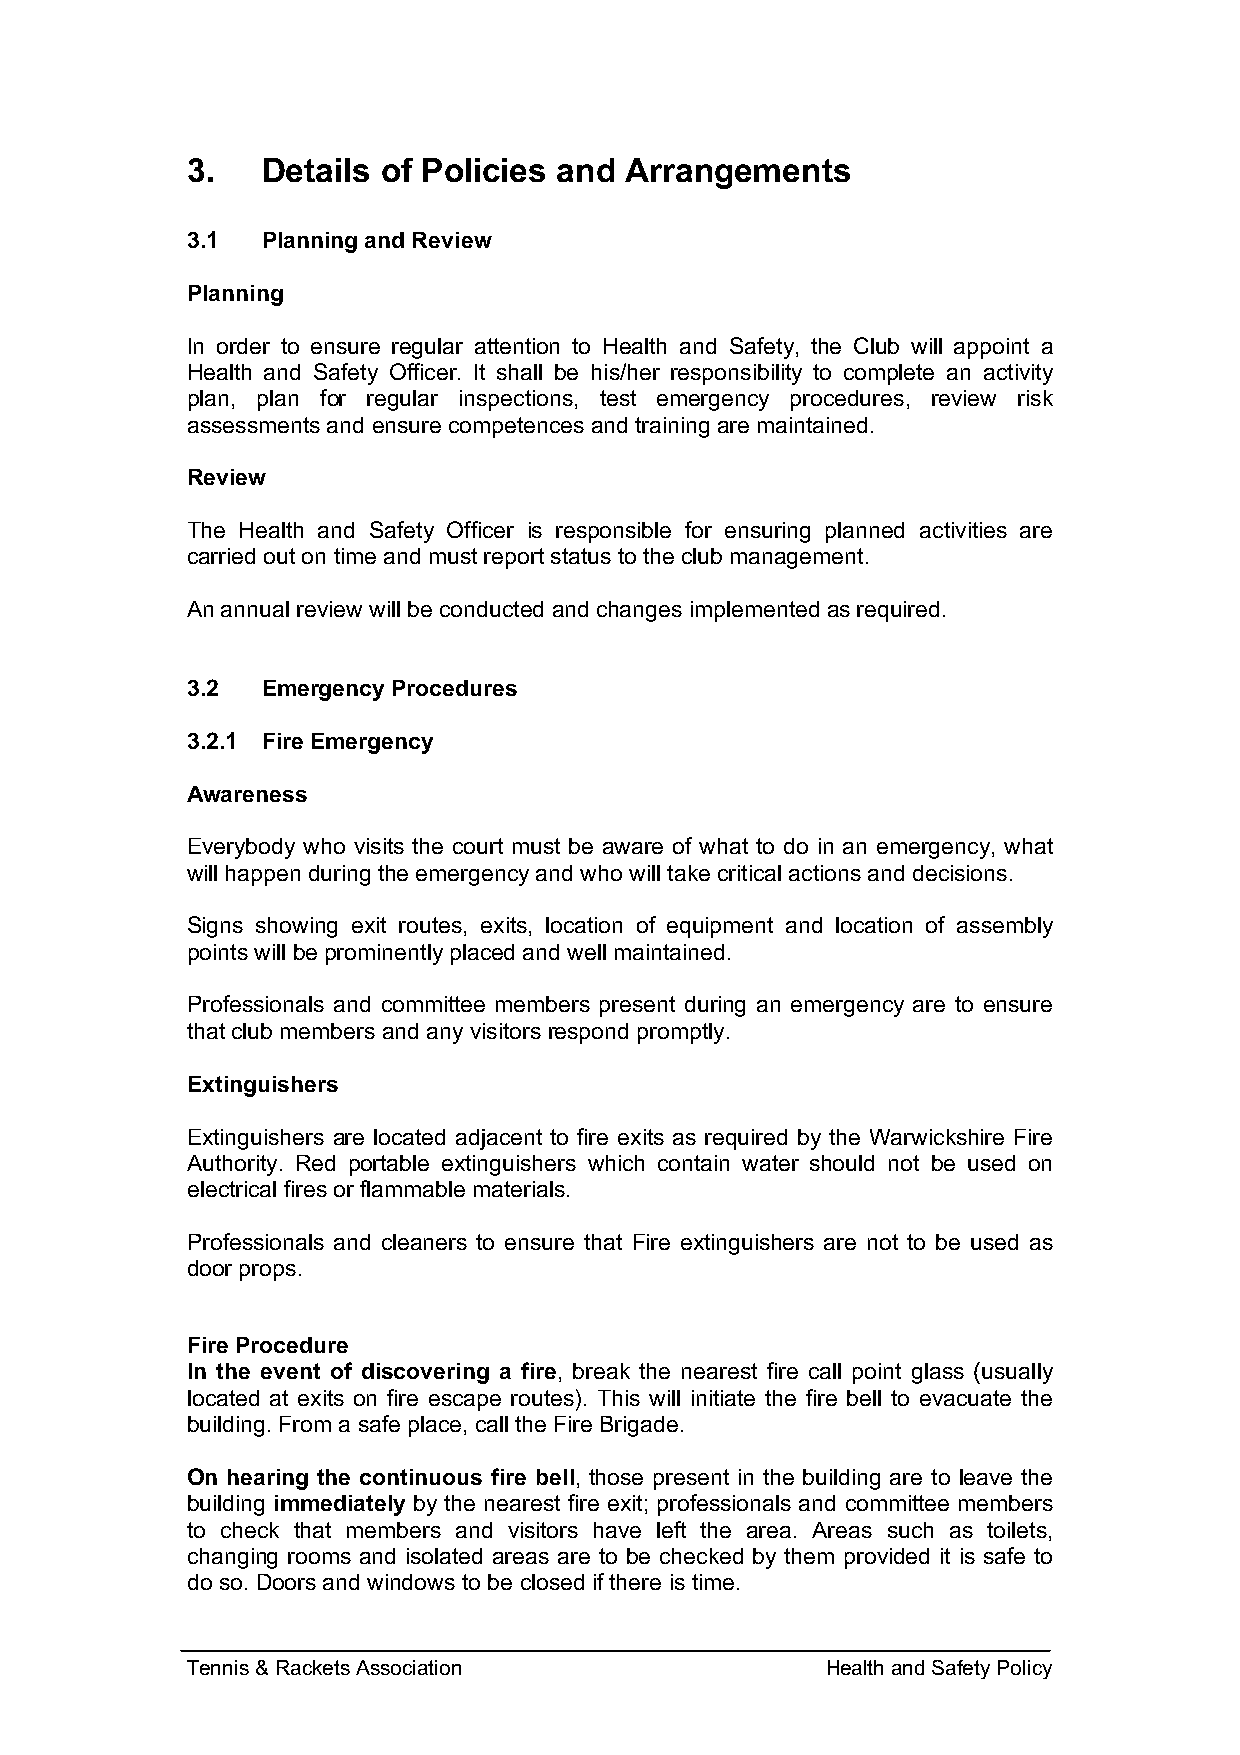
3.   Details of Policies and Arrangements
 3.1  Planning and Review
 Planning
 In order to ensure regular attention to Health and Safety, the Club will appoint a
 Health and Safety Officer. It shall be his/her responsibility to complete an activity
 plan, plan for regular inspections, test emergency procedures, review risk
 assessments and ensure competences and training are maintained.
 Review
 The Health and Safety Officer is responsible for ensuring planned activities are
 carried out on time and must report status to the club management.
 An annual review will be conducted and changes implemented as required.
 3.2  Emergency Procedures
 3.2.1 Fire Emergency
 Awareness
 Everybody who visits the court must be aware of what to do in an emergency, what
 will happen during the emergency and who will take critical actions and decisions.
 Signs showing exit routes, exits, location of equipment and location of assembly
 points will be prominently placed and well maintained.
 Professionals and committee members present during an emergency are to ensure
 that club members and any visitors respond promptly.
 Extinguishers
 Extinguishers are located adjacent to fire exits as required by the Warwickshire Fire
 Authority. Red portable extinguishers which contain water should not be used on
 electrical fires or flammable materials.
 Professionals and cleaners to ensure that Fire extinguishers are not to be used as
 door props.
 Fire Procedure
 In the event of discovering a fire, break the nearest fire call point glass (usually
 located at exits on fire escape routes). This will initiate the fire bell to evacuate the
 building. From a safe place, call the Fire Brigade.
 On hearing the continuous fire bell, those present in the building are to leave the
 building immediately by the nearest fire exit; professionals and committee members
 to check that members and visitors have left the area. Areas such as toilets,
 changing rooms and isolated areas are to be checked by them provided it is safe to
 do so. Doors and windows to be closed if there is time.
 Tennis & Rackets Association               Health and Safety Policy